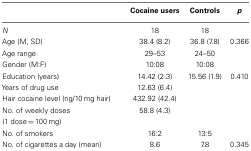
<table><thead><tr><td></td><td><b>Cocaine users</b></td><td><b>Controls</b></td><td><b><i>p</i></b></td></tr></thead><tbody><tr><td><i>N</i></td><td>18</td><td>18</td><td></td></tr><tr><td>Age (M, SD)</td><td>38.4 (8.2)</td><td>36.8 (7.8)</td><td>0.366</td></tr><tr><td>Age range</td><td>29–53</td><td>24–50</td><td></td></tr><tr><td>Gender (M:F)</td><td>10:08</td><td>10:08</td><td></td></tr><tr><td>Education (years)</td><td>14.42 (2.3)</td><td>15.56 (1.9)</td><td>0.410</td></tr><tr><td>Years of drug use</td><td>12.63 (6.4)</td><td></td><td></td></tr><tr><td>Hair cocaine level (ng/10 mg hair)</td><td>432.92 (42.4)</td><td></td><td></td></tr><tr><td>No. of weekly doses (1 dose = 100 mg)</td><td>58.8 (4.3)</td><td></td><td></td></tr><tr><td>No. of smokers</td><td>16:2</td><td>13:5</td><td></td></tr><tr><td>No. of cigarettes a day (mean)</td><td>8.6</td><td>7.8</td><td>0.345</td></tr></tbody></table>